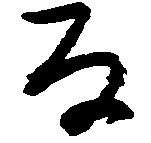
な